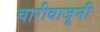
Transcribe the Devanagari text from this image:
चारीबाजूनी